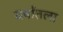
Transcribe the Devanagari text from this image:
वर्षांतला